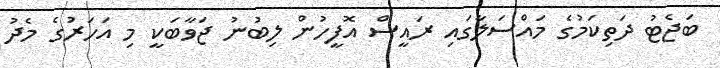
ބަޖެޓު ދަތިކަމުގެ މައްސަލާގައި ރައީސް އޮފީހުން ލިބުނު ޖަވާބަކީ މި އަހަރުގެ މެދު